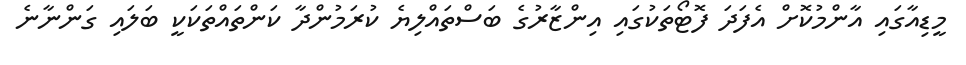
މީޑިއާގައި އާންމުކޮށް އެފަދަ ފޮޓޯތަކުގައި އިންޒާރުގެ ބަސްތައްލިޔެ ކުރަމުންދާ ކަންތައްތަކަކީ ބަލައި ގަންނާނެ